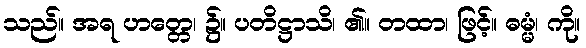
သည်။ အရ ဟတ္တေ၊ ၌။ ပတိဋ္ဌာသိ၊ ၏။ တထာ၊ ဖြင့်။ ဓမ္မံ၊ ကို။